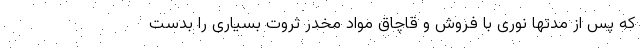
که پس از مدتها نوری با فروش و قاچاق مواد مخدر ثروت بسیاری را بدست